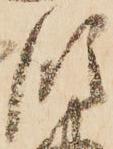
領